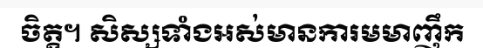
ចិត្ត។ សិស្សទាំងអស់មានការមមាញឹក